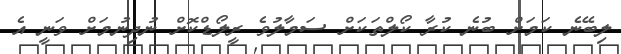
ލިބޭނެ ކަމަށް ބުނެ ކުރާ ކޯލްތަކަށް ސަމާލުވެ ރީލޯޑްކޮށް ނުދިނުމަށް ވަނީ އެ